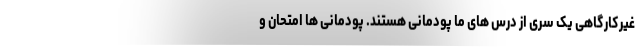
غیرکارگاهی یک سری از درس های ما پودمانی هستند. پودمانی ها امتحان و